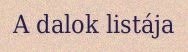
A dalok listája